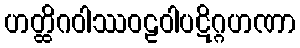
ဟတ္ထိဂဝါဿဝဠဝါပဋိဂ္ဂဟဏာ